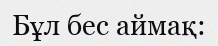
Бұл бес аймақ: